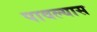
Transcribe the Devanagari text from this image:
पावल्यास